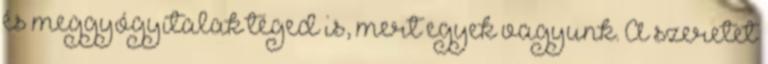
és meggyógyítalak téged is, mert egyek vagyunk. A szeretet